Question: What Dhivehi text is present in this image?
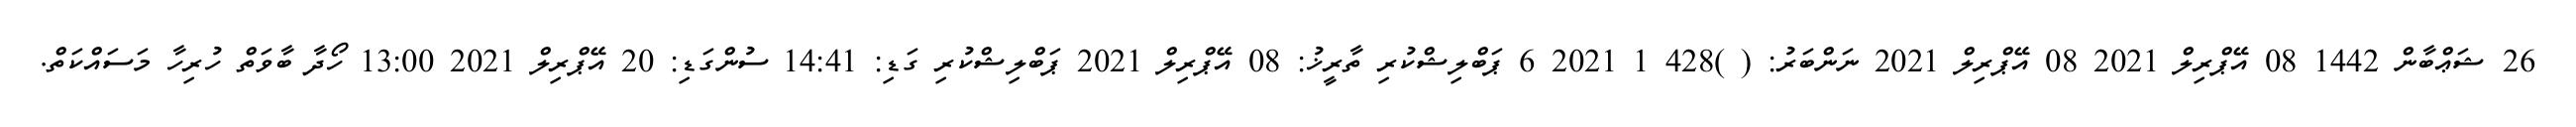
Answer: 26 ޝަޢްބާން 1442 08 އޭޕްރިލް 2021 08 އޭޕްރިލް 2021 ނަންބަރު: ( )428 1 2021 6 ޕަބްލިޝްކުރި ތާރީޚު: 08 އޭޕްރިލް 2021 ޕަބްލިޝްކުރި ގަޑި: 14:41 ސުންގަޑި: 20 އޭޕްރިލް 2021 13:00 ހޯދާ ބާވަތް ހުރިހާ މަސައްކަތް.